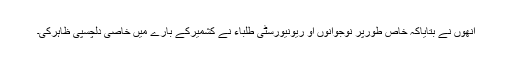
انھوں نے بتایاکہ خاص طورپر نوجوانوں او ریونیورسٹی طلباء نے کشمیرکے بارے میں خاصی دلچسپی ظاہرکی۔